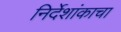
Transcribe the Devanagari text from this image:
निर्देशांकाचा